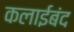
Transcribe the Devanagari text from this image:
कलाईबंद